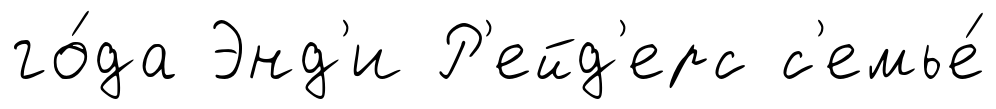
го́да Энд'и Р'ейд'ерс с'емье́